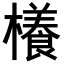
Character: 𣞼